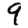
Digit: 9